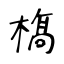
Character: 𣘺